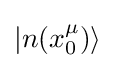
|n(x_{0}^{\mu })\rangle